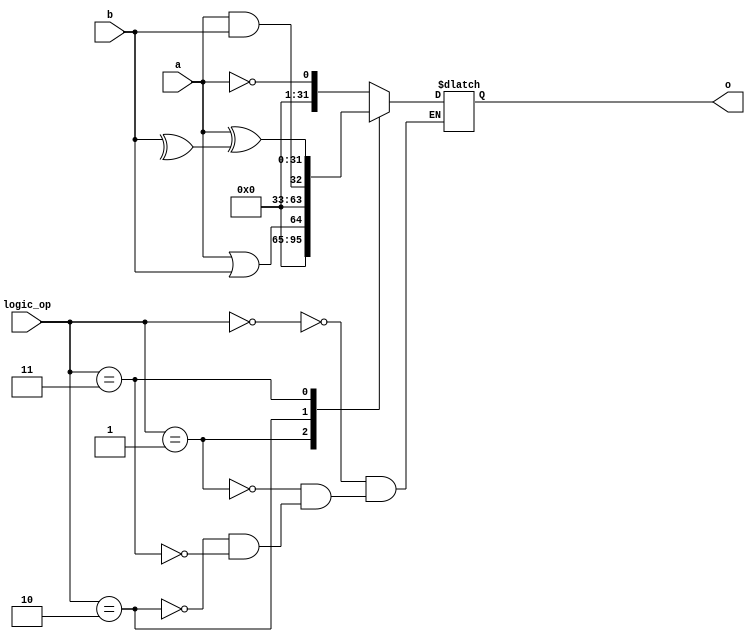
//--------------------------------------------------------------------------------------------------
//
// Title       : lu
// Design      : MicroRISCII
//
//--------------------------------------------------------------------------------------------------
`timescale 1ps / 1ps

`define		LOGIC_NOT	4'b00
`define		LOGIC_OR	4'b01
`define		LOGIC_AND	4'b10
`define		LOGIC_XOR	4'b11

module lu(a,b,logic_op,o);
	// Inputs
	input	[31:0]	a;
	wire	[31:0]	a;
	input	[31:0]	b;
	wire	[31:0]	b;
	input	[3:0]	logic_op;
	wire	[3:0]	logic_op;
	// Outputs
	output	[31:0]	o;
	reg		[31:0]	o;

	always @ (logic_op || a || b)
		case (logic_op)
			`LOGIC_NOT :  o = !(a);
			`LOGIC_OR : o = a || b;
			`LOGIC_AND : o = a && b;
			`LOGIC_XOR : o = a ^^ b;
		endcase

endmodule